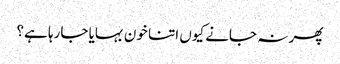
پھر نہ جانے کیوں اتنا خون بہایا جارہا ہے؟